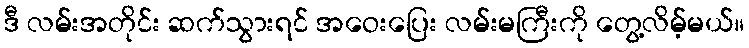
ဒီ လမ်းအတိုင်း ဆက်သွားရင် အဝေးပြေး လမ်းမကြီးကို တွေ့လိမ့်မယ်။